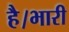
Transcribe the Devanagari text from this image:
है।भारी